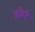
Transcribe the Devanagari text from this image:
कॉम्टै